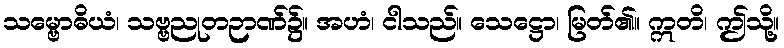
သမ္ဗောဓိယံ၊ သဗ္ဗညုတဉာဏ်၌။ အဟံ၊ ငါသည်။ သေဋ္ဌော၊ မြတ်၏။ ဣတိ၊ ဤသို့။